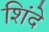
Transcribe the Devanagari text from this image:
शिंदे